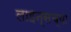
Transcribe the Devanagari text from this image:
लाइन्सच्या